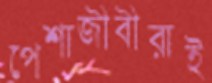
পেশাজীবীরাই